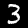
Digit: 3